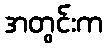
အတွင်းက